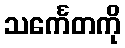
သင်္ကေတကို